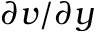
\partial v / \partial y